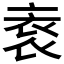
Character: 𲀭